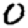
Digit: 0